Report of the Indian Hemp Drugs Commission, 1894-1895 - Volume V
Year: 1894
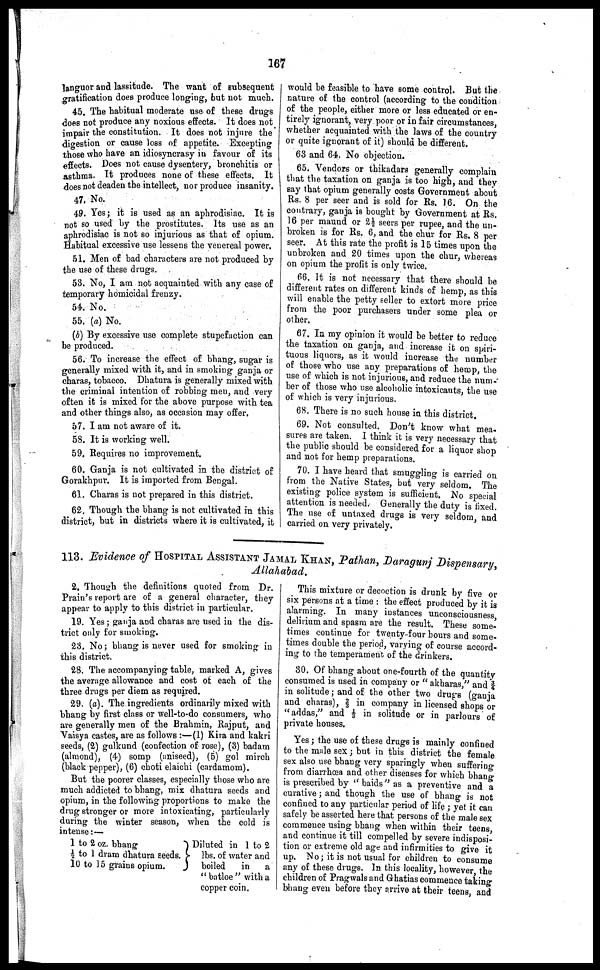
167
languor and lassitude. The want of subsequent
gratification does produce longing, but not much.
45. The habitual moderate use of these drugs
does not produce any noxious effects. It does not
impair the constitution. It does not injure the
digestion or cause loss of appetite. Excepting
those who have an idiosyncrasy in favour of its
effects. Does not cause dysentery, bronchitis or
asthma. It produces none of these effects. It
does not deaden the intellect, nor produce insanity.
47, No.
49. Yes; it is used as an aphrodisiac. It is
not so used by the prostitutes. Its use as an
aphrodisiac is not so injurious as that of opium.
Habitual excessive use lessens the venereal power.
51. Men of bad characters are not produced by
the use of these drugs.
53. No, I am not acquainted with any case of
temporary homicidal frenzy.
54. No.
55. (a) No.
(b) By excessive use complete stupefaction can
be produced.
56. To increase the effect of bhang, sugar is
generally mixed with it, and in smoking ganja or
charas, tobacco. Dhatura is generally mixed with
the criminal intention of robbing men, and very
often it is mixed for the above purpose with tea
and other things also, as occasion may offer,
57. I am not aware of it.
58. It is working well.
59. Requires no improvement.
60. Ganja is not cultivated in the district of
Gorakhpur. It is imported from Bengal.
61. Charas is not prepared in this district.
62. Though the bhang is not cultivated in this
district, but in districts where it is cultivated, it
would be feasible to have some control. But the
nature of the control (according to the condition
of the people, either more or less educated or en-
tirely ignorant, very poor or in fair circumstances,
whether acquainted with the laws of the country
or quite ignorant of it) should be different.
63 and 64. No objection.
65. Vendors or thikadars generally complain
that the taxation on ganja is too high, and they
say that opium generally costs Government about
Rs. 8 per seer and is sold for Rs. 16. On the
contrary, ganja is bought by Government at Rs.
16 per maund or 2½ seers per rupee, and the un-
broken is for Rs. 6, and the chur for Rs. 8 per
seer. At this rate the profit is 15 times upon the
unbroken and 20 times upon the chur, whereas
on opium the profit is only twice.
66. It is not necessary that there should be
different rates on different kinds of hemp, as this
will enable the petty seller to extort more price
from the poor purchasers under some plea or
other.
67. In my opinion it would be better to reduce
the taxation on ganja, and increase it on spiri-
tuous liquors, as it would increase the number
of those who use any preparations of hemp, the
use of which is not injurious, and reduce the num-
ber of those who use alcoholic intoxicants, the use
of which is very injurious.
68. There is no such house in this district,
69. Not consulted. Don't know what mea-
sures are taken. I think it is very necessary that
the public should be considered for a liquor shop
and not for hemp preparations.
70. I have heard that smuggling is carried on
from the Native States, but very seldom. The
existing police system is sufficient. No special
attention is needed. Generally the duty is fixed.
The use of untaxed drugs is very seldom, and
carried on very privately.
113. Evidence of HOSPITAL ASSISTANT JAMAL KHAN, Pathan, Daragunj Dispensary,
Allahabad.
2. Though the definitions quoted from Dr.
Prain's report are of a general character, they
appear to apply to this district in particular.
19. Yes; ganja and charas are used in the dis-
trict only for smoking.
23. No; bhang is never used for smoking in
this district,
28. The accompanying table, marked A, gives
the average allowance and cost of each of the
three drugs per diem as required.
29. (a). The ingredients ordinarily mixed with
bhang by first class or well-to-do consumers, who
are generally men of the Brahmin, Rajput, and
Vaisya castes, are as follows:—(1) Kira and kakri
seeds, (2) gulkund (confection of rose), (3) badam
(almond), (4) somp (aniseed), (5) gol mirch
(black pepper), (6) choti elaichi (cardamom).
But the poorer classes, especially those who are
much addicted to bhang, mix dhatura seeds and
opium, in the following proportions to make the
drug stronger or more intoxicating, particularly
during the winter season, when the cold is
intense:—
1 to 2 oz. bhang
½ to 1 dram dhatura seeds.
10 to 15 grains opium.
Diluted in 1 to 2
lbs. of water and
boiled
in
a
"batloe" with a
copper coin.
This mixture or decoction is drunk by five or
six persons at a time: the effect produced by it is
alarming. In many instances unconsciousness
delirium and spasm are the result. These some-
times continue for twenty four hours and some-
times double the period, varying of course accord-
ing to the temperament of the drinkers.
30. Of bhang about one-fourth of the quantity
consumed is used in company or "akharas," and 3/4
in solitude; and of the other two drugs (ganja
and charas), 2/3 in company in licensed shops or
"addas," and 1/3 in solitude or in parlours of
private houses.
Yes; the use of these drugs is mainly confined
to the male sex; but in this district the female
sex also use bhang very sparingly when suffering
from diarrhoea and other diseases for which bhang
is prescribed by "baids" as a preventive and a
curative; and though the use of bhang is not
confined to any particular period of life; yet it can
safely be asserted here that persons of the male sex
commence using bhang when within their teens,
and continue it till compelled by severe indisposi-
tion or extreme old age and infirmities to give it
up. No; it is not usual for children to consume
any of these drugs. In this locality, however the
children of Pragwals and Ghatias commence taking
bhang even before they arrive at their teens, and